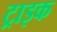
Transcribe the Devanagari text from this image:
ट्राइक